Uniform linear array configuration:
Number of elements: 8
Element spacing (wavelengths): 0.5
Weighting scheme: hann
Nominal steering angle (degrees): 0
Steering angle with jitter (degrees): -1.372
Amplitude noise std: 0.05
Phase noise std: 0.05

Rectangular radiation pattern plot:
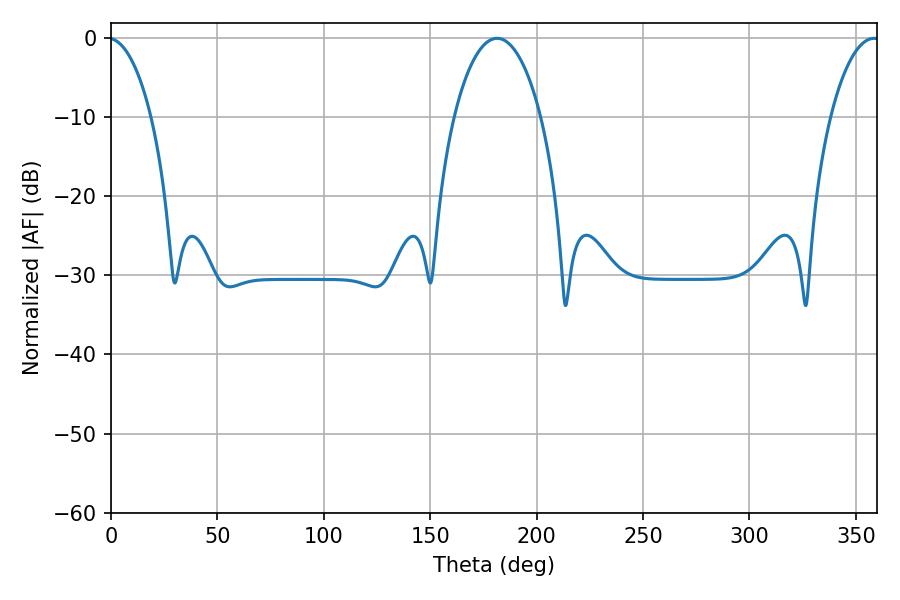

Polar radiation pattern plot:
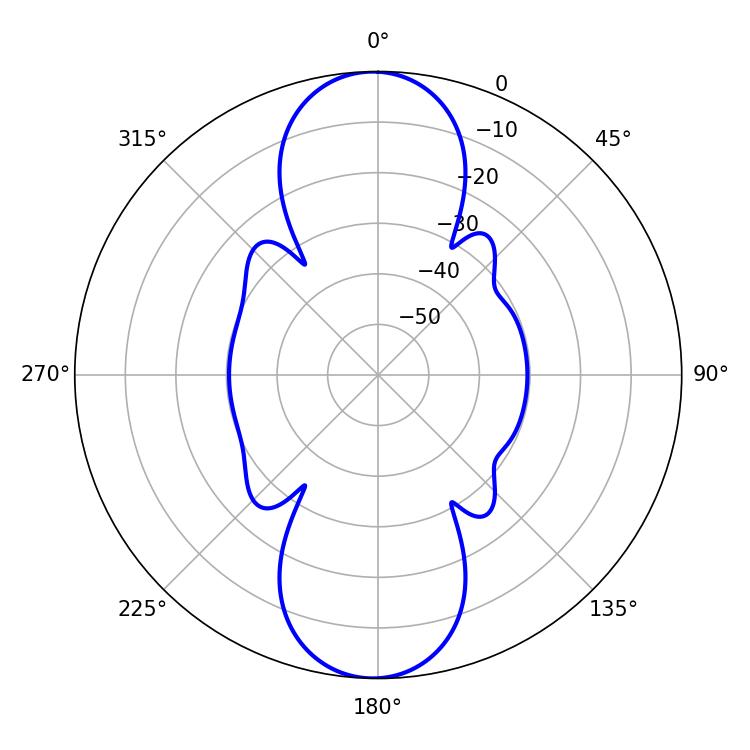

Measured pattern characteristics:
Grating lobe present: FALSE
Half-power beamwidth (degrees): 23.04
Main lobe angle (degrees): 181.44